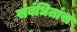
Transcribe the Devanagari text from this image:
संबंधितांस